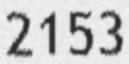
2153